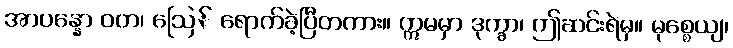
အာပန္နော ဝတ၊ ဩေ် ရောက်ခဲ့ပြီတကား။ ဣမမှာ ဒုက္ခာ၊ ဤဆင်းရဲမှ။ မုစ္စေယျ၊